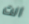
انت